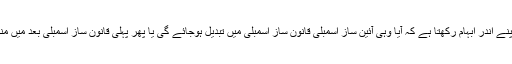
یہ آرٹیکل اپنے اندر ابہام رکھتا ہے کہ آیا وہی آئین ساز اسمبلی قانون ساز اسمبلی میں تبدیل ہوجائے گی یا پھر پہلی قانون ساز اسمبلی بعد میں منتخب ہوگی۔